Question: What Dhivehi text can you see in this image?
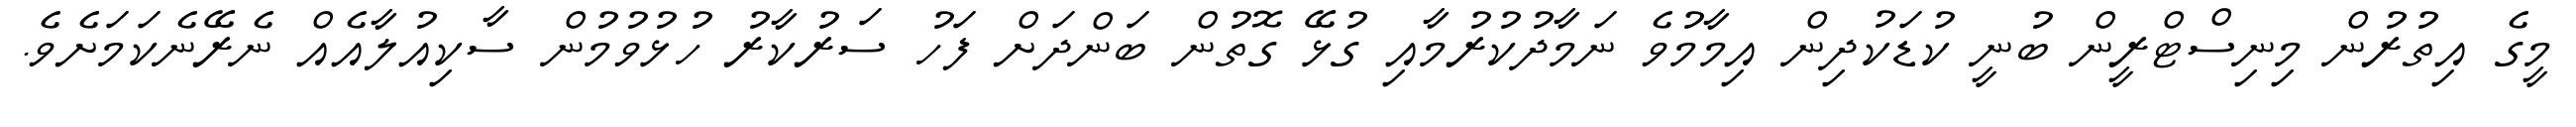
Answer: މީގެ އިތުރުން މިނިސްޓްރީން ބުނީ ކުޑަކުދިން އިމާމުވެ ނަމާދުކުރުމާއި ގުޅޭ ގޮތުން ބަންދަށް ފަހު ސަރުކާރު ހުޅުވުމުން ސާކިއުލާއެއް ނެރޭނެކަމަށެވެ.